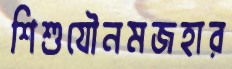
শিশুযৌনমজহার